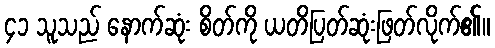
၄၁ သူသည် နောက်ဆုံး စိတ်ကို ယတိပြတ်ဆုံးဖြတ်လိုက်၏။